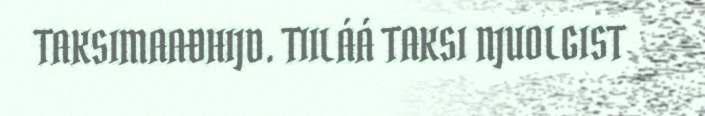
TAKSIMAAĐHIJD. TIILÁÁ TAKSI NJUOLGIST